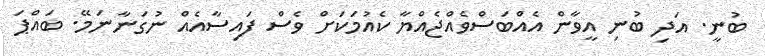
ބުނީ. އަދި ބުނި އީވާން އެއްބަސްވެއްޖެއްޔާ ކެއުމަކަށް ވެސް ފައިސާއެއް ނުގަނާނަމޭ. ބައްޕަ